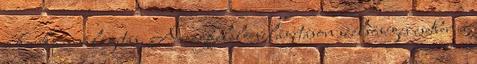
a kerékpár világítás. A megfelelö világításon szélsöséges esetben a